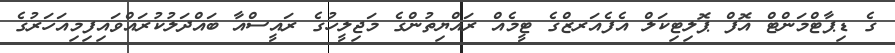
ގެ ޑިޕާޓްމަންޓް އޮފް ޕޮލިޓިކަލް އެފެއަރޒްގެ ޓީމެއް ރައްޔިތުންގެ މަޖިލީހުގެ ރައީސްއާ ބައްދަލުކުރައްވައިފިމިއަހަރުގެ